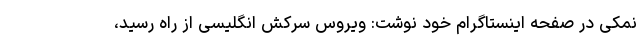
نمکی در صفحه اینستاگرام خود نوشت: ویروس سرکش انگلیسی از راه رسید،